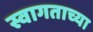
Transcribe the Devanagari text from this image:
स्वागताच्या